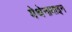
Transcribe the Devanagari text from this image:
मेथेनामाइन